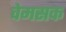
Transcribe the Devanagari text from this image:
वेमसक